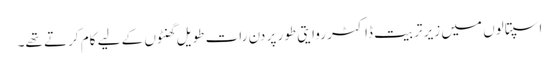
اسپتالوں میں زیر تربیت ڈاکٹر روایتی طور پر دن رات طویل گھنٹوں کے لیے کام کرتے تھے۔